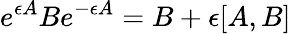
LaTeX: e^{\epsilon A}Be^{-\epsilon A}=B+\epsilon[A,B]